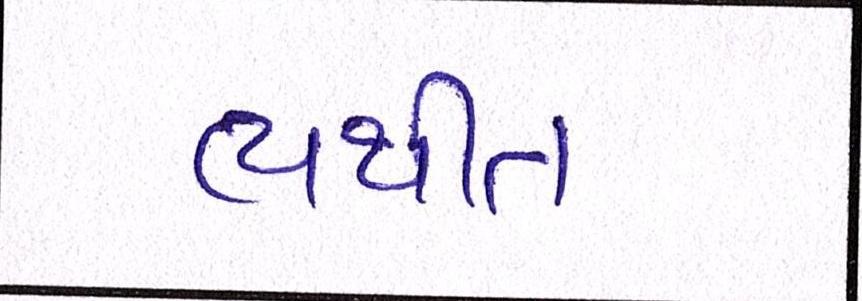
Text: વ્યથીત